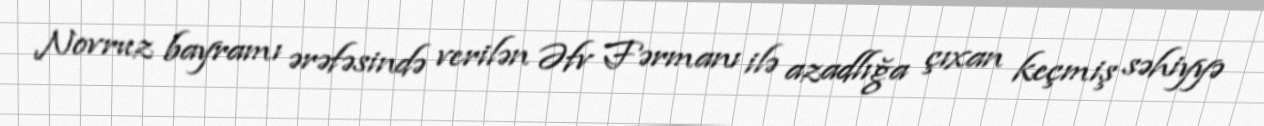
Novruz bayramı ərəfəsində verilən Əfv Fərmanı ilə azadlığa çıxan keçmiş səhiyyə